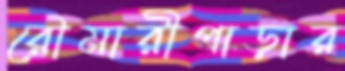
রৌমারীপাড়ার